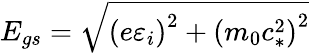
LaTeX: E_{gs}=\sqrt{\left(e\varepsilon_{i}\right)^{2}+\left(m_{0}c_{*}^{2}\right)^{2}}